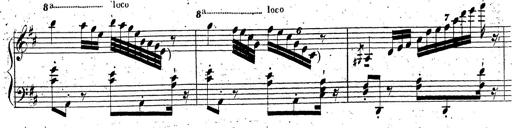
Title: Grande fantaisie sur la tyrolienne de l'opÃ©ra
Composer: Franz Liszt
Key: A major